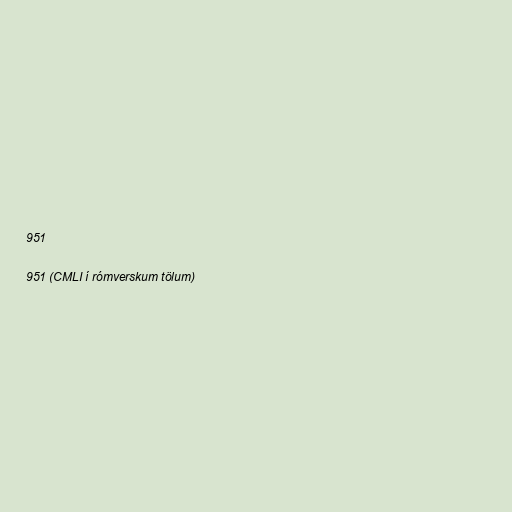
951

951 (CMLI í rómverskum tölum)